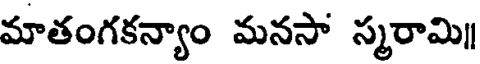
మాతంగకన్యాం మనసా స్మరామి